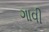
ગાવી